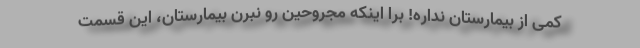
کمی از بیمارستان نداره! برا اینکه مجروحین رو نبرن بیمارستان، این قسمت